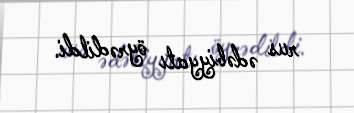
rus ədəbiyyatı öyrədildi.